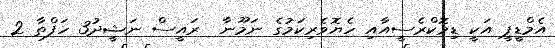
އެމްޑީޕީ އަކީ ޑިމޮކްރެސީއާއި ހެޔޮވެރިކަމުގެ ނަމޫނާ  ރައީސް ނަޝީދު3 ހަފްތާ 2